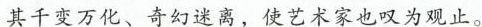
其千变万化、奇幻迷离，使艺术家也叹为观止。